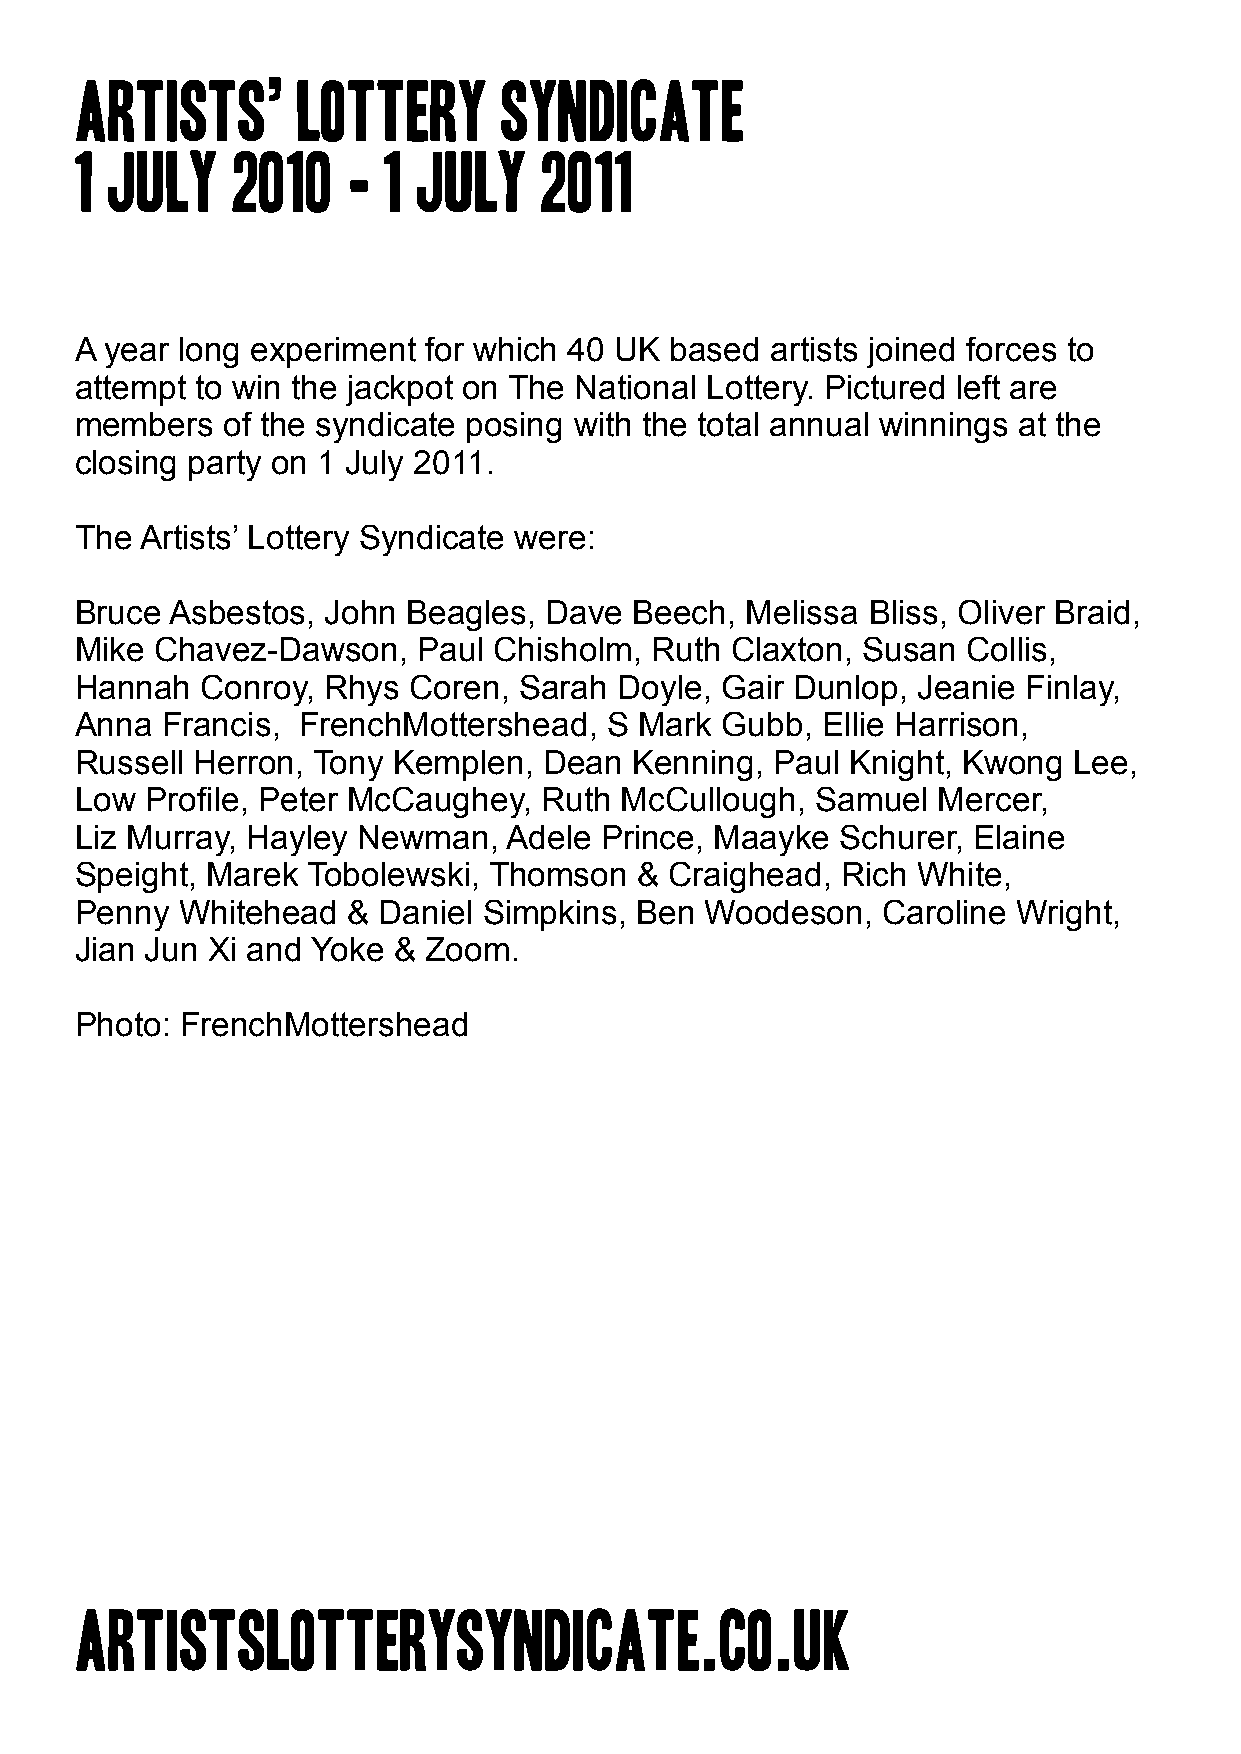
Artists’       Lottery      Syndicate
 1 july    2010    - 1  july    2011
 A year long experiment for which 40 UK based  artists joined forces to
 attempt to win the jackpot on The National Lottery. Pictured left are
 members   of the syndicate posing with the total annual winnings at the
 closing party on 1 July 2011.
 The Artists’ Lottery Syndicate were:
 Bruce Asbestos,  John Beagles, Dave  Beech, Melissa Bliss, Oliver Braid,
 Mike Chavez-Dawson,    Paul Chisholm, Ruth Claxton, Susan  Collis,
 Hannah  Conroy, Rhys  Coren, Sarah  Doyle, Gair Dunlop, Jeanie Finlay,
 Anna  Francis, FrenchMottershead,  S Mark  Gubb, Ellie Harrison,
 Russell Herron, Tony Kemplen,  Dean  Kenning, Paul Knight, Kwong  Lee,
 Low  Profile, Peter McCaughey, Ruth McCullough,  Samuel  Mercer,
 Liz Murray, Hayley Newman,  Adele  Prince, Maayke  Schurer, Elaine
 Speight, Marek Tobolewski, Thomson   & Craighead,  Rich White,
 Penny  Whitehead  & Daniel Simpkins, Ben  Woodeson,  Caroline Wright,
 Jian Jun Xi and Yoke & Zoom.
 Photo: FrenchMottershead
 artistslotterysyndicate.co.uk